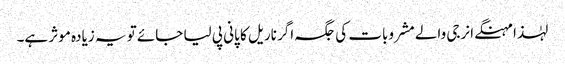
لہٰذا مہنگے انرجی والے مشروبات کی جگہ اگر ناریل کا پانی پی لیا جائے تو یہ زیادہ موثر ہے۔